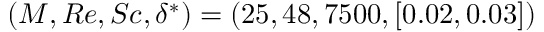
( M , R e , S c , \delta ^ { * } ) = ( 2 5 , 4 8 , 7 5 0 0 , [ 0 . 0 2 , 0 . 0 3 ] )